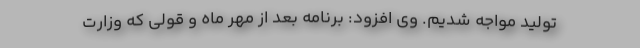
تولید مواجه شدیم. وی افزود: برنامه بعد از مهر ماه و قولی که وزارت